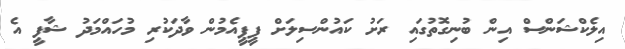
އިލެކްޝަންސް އިން ބުނިގޮތުގައި ރަށު ކައުންސިލަށް ޕީޕީއެމުން ވާދަކުރި މުހައްމަދު ޝާފީ އެ